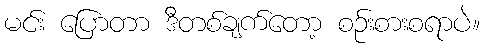
မင်း ပြောတာ ဒီတစ်ချက်တော့ စဉ်းစားစရာပဲ။